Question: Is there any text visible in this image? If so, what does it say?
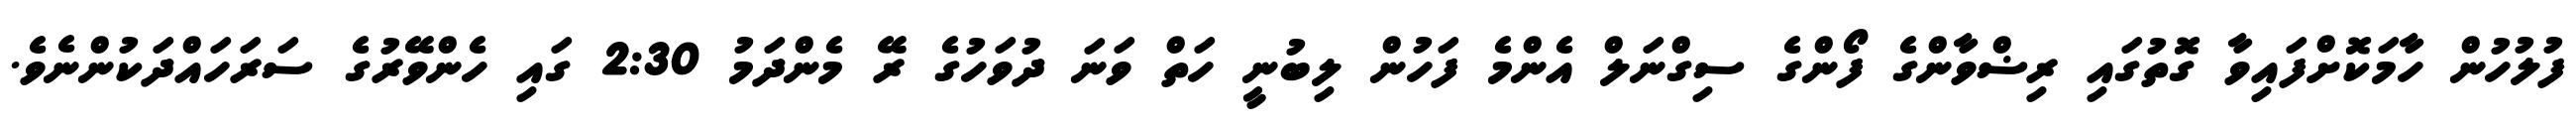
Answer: ފުލުހުން ހާމަކޮށްފައިވާ ގޮތުގައި ރިޟްވާންގެ ފޯންގެ ސިގްނަލް އެންމެ ފަހުން ލިބުނީ ހަތް ވަނަ ދުވަހުގެ ރޭ މެންދަމު 2:30 ގައި ހެންވޭރުގެ ސަރަހައްދަކުންނެވެ.